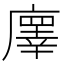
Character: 𢋇